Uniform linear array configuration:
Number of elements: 16
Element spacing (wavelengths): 1
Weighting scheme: blackman
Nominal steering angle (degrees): -30
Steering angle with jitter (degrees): -30.584
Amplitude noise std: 0.05
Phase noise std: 0.05

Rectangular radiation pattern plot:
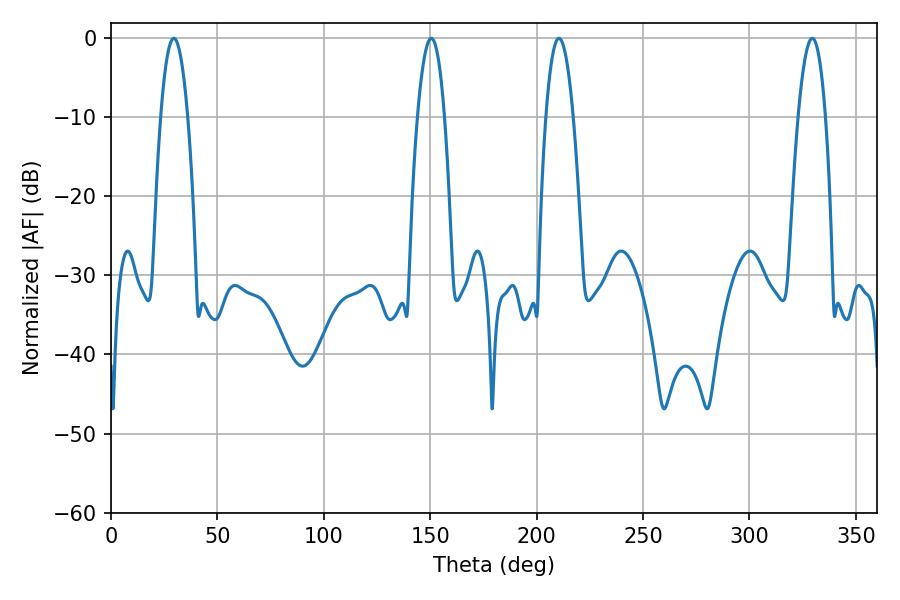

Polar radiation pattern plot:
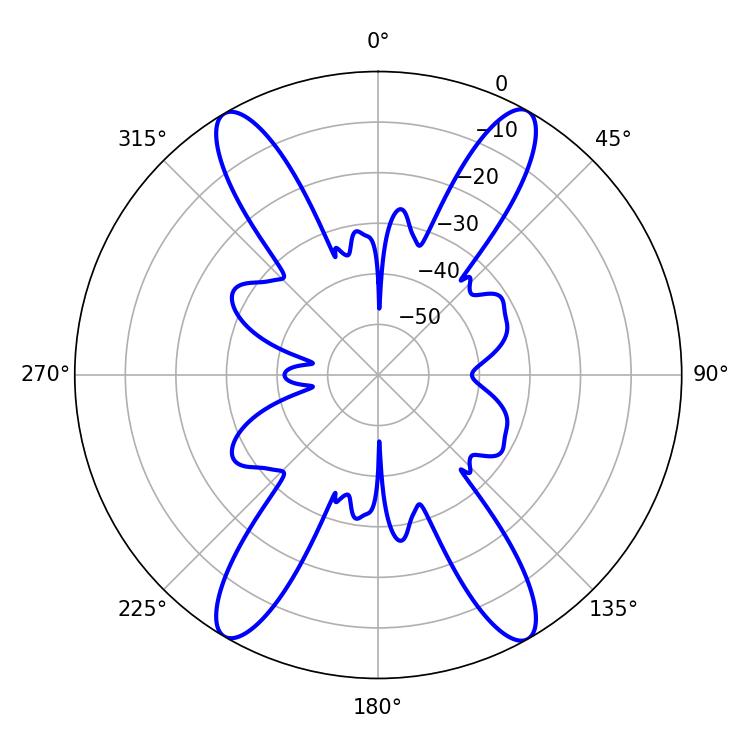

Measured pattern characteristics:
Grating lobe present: TRUE
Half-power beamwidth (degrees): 7.02
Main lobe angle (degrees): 29.52